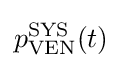
p_{\mathrm {VEN} }^{\mathrm {SYS} }(t)